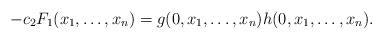
LaTeX: \begin{align*}-c_2F_1(x_1,\dots, x_n)= g(0, x_1, \dots, x_n)h(0, x_1,\dots, x_n).\end{align*}